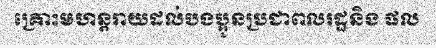
គ្រោះមហន្តរាយដល់បងប្អូនប្រជាពលរដ្ឋនិង ផល